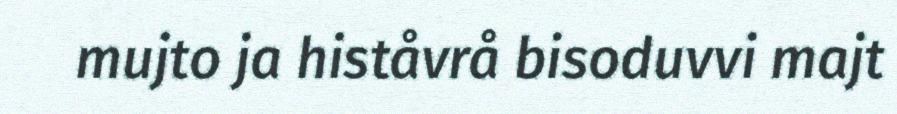
mujto ja histåvrå bisoduvvi majt